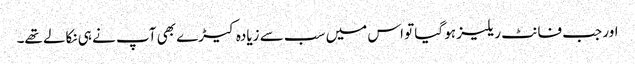
اور جب فانٹ ریلیز ہو گیا تو اس میں سب سے زیادہ کیڑے بھی آپ نے ہی نکالے تھے۔